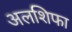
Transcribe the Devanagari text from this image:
अलशिफा